Treatise on elephants
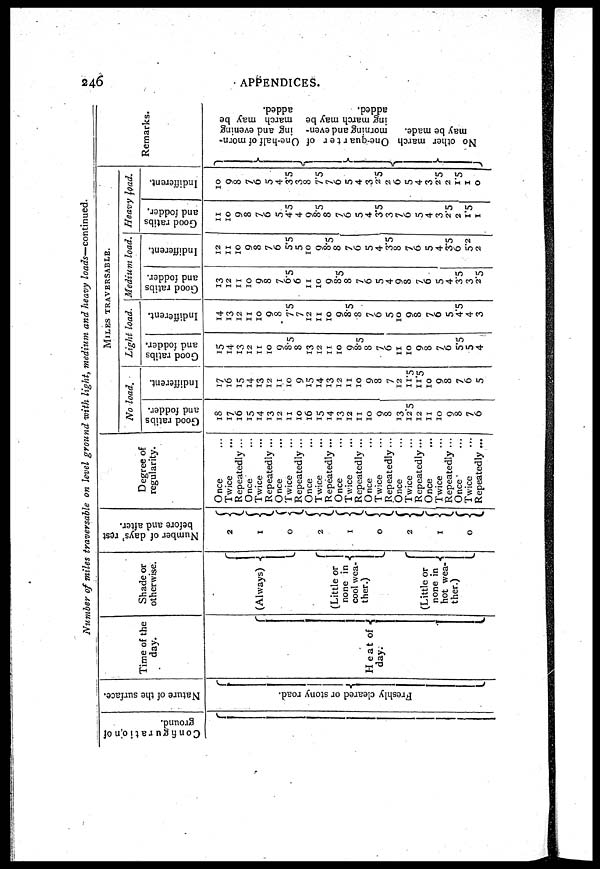
246
APPENDICES.
Number of miles traversable on level ground with light, medium and heavy loads—continued.
Configuration
of
ground.
Nature of the surface.
Freshly cleared or stony road.
Time of the
day.
Heat of
day.
Shade or
otherwise.
(Always) -
(Little or
none in
cool wea-
ther.)
(Little or
none in
hot wea-
ther.)
Number of days' rest
before and after.
2
1
0
2
1
0
2
1
0
Degree of
regularity.
Once
Twice
Repeatedly ...
Once
Twice
Repeatedly ...
Once
Twice
Repeatedly ...
Once
Twice
Repeatedly ...
Once
Twice
Repeatedly ...
Once
Twice
Repeatedly...
Once
Twice
Repeatedly ...
Once
Twice
Repeatedly ...
Once
Twice
Repeatedly ...
MILES
TRAVERSABLE.
No load.
Good ratibs
and fodder.
18
17
16
15
14
13
12
11
10
16
15
14
13
12
11
10
9
8
13
12.5
12
11
10
9
8
7
6
Indifferent.
17
16
15
14
13
12
1.1
10
9
15
14
13
12
11
10
9
8
7
12
11.5
11.5
10
9
8
7
6
5
Light load.
Good ratibs
and fodder.
15
14
13
12
11
10
9
8.5
8
13
12
11
10
9
8.5
8
7
6
11
10
9
8
7
6
5.5
5
4
Indifferent
14
13
12
11
10
9
8
7.5
7
12
11
10
9
8.5
8
7
6
5
10
9
8
7
6
5
4.5
4
3
Medium load.
Good ratibs
and fodder.
13
12
11
10
9
8
7
6.5
6
11
10
9
8.5
8
7
6
5
4
9
8
7
6
5
4
3.5
3
2.5
Indifferent.
12
11
10
9
8
7
6
5.5
5
10
9
8.5
8 7
6
5
4
3.5
8
7
6
5
4
3.5
6
5.2
2
Heavy load.
Good ratibs
and fodder.
11
10
9
8
7
6
5
4.5
4
9
8.5
8
7
6
5
4
3.5
3
7
6
5
4
3
2.5
2
1.5
1
Indifferent.
10
9
8
7
6
5
4
3.5
3
8
7.5
7
6
5
4
3
2.5
2
6
5
4
3
2.5
2
1
0
Remarks.
One-half of morn-
ing and evening
march may be
added.
One-quarter of
morning and even-
ing march may be
added.
No other march
may be made.